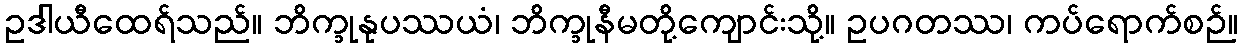
ဥဒါယီထေရ်သည်။ ဘိက္ခုနုပဿယံ၊ ဘိက္ခုနီမတို့ကျောင်းသို့။ ဥပဂတဿ၊ ကပ်ရောက်စဉ်။